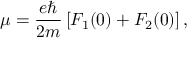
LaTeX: \mu = \frac { e \hbar } { 2 m } \left[ F _ { 1 } ( 0 ) + F _ { 2 } ( 0 ) \right] ,